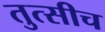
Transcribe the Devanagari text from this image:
तुत्‍सीच